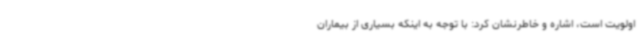
اولویت است، اشاره و خاطرنشان کرد: با توجه به اینکه بسیاری از بیماران